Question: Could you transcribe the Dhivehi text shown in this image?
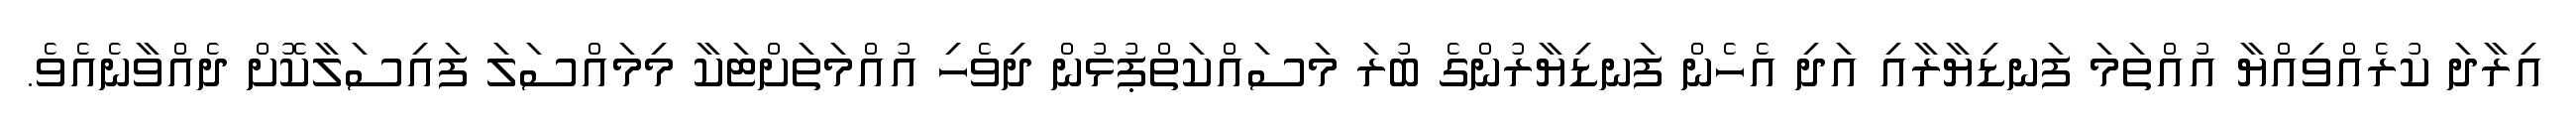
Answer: އިރާދަ ކުރެއްވިއްޔާ އުއްތަމަ ފަނޑިޔާރާއި އަދި އެހެން ފަނޑިޔާރުންގެ ބުރަ މަސައްކަތްޕުޅުން ދިވެހި އުއްމަތަށްޓަކާ މިމައްސަލަ ފައިސަލާކޮށް ދެއްވާނެއެވެ.